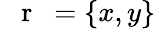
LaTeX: \mathrm{~{~\mathbf~r~}~}=\{ x,y\}